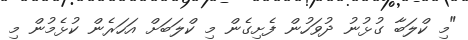
"މި ކްލަބާ ގުޅުނު ދުވަހުން ފެށިގެން މި ކްލަބަށް އަހަރެން ކުޅެމުން މި